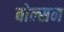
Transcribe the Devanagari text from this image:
बोल्सन